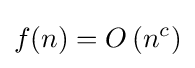
f(n)=O\left(n^{c}\right)